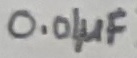
Text: 0.01µF